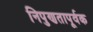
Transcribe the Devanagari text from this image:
निपुणतापूर्वक